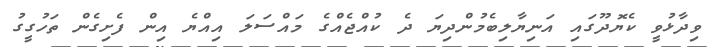
ވިދާޅުވީ ކެޔޮދޫގައި އަނިޔާލިބެމުންދިޔަ ދެ ކުއްޖެއްގެ މައްސަލަ އިއްޔެ އިން ފެށިގެން ތަހުގީގު